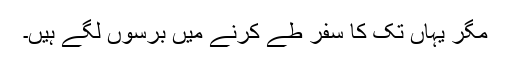
مگر یہاں تک کا سفر طے کرنے میں برسوں لگے ہیں۔